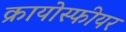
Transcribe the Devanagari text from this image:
क्रायोस्फीयर